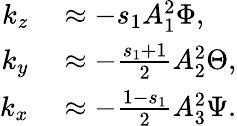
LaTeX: \begin{array}{rl}{k_{z}}&{{}\approx-s_{1}A_{1}^{2}\Phi,}\\ {k_{y}}&{{}\approx-\frac{s_{1}+1}{2}A_{2}^{2}\Theta,}\\ {k_{x}}&{{}\approx-\frac{1-s_{1}}{2}A_{3}^{2}\Psi.}\end{array}